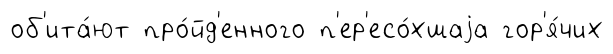
об'ита́ют про́йд'енного п'ер'есо́хшаjа гор'я́чих